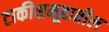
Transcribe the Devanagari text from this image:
टाकीसमूहातील